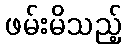
ဖမ်းမိသည့်